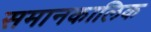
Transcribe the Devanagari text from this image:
समानकालिक